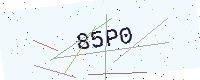
Text: 85P0